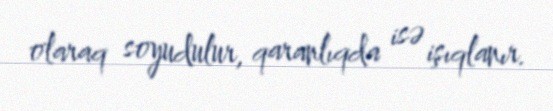
olaraq soyudulur, qaranlıqda isə işıqlanır.